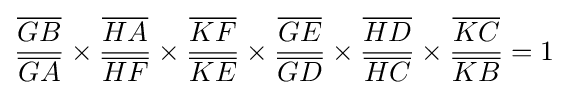
{\frac {\overline {GB}}{\overline {GA}}}\times {\frac {\overline {HA}}{\overline {HF}}}\times {\frac {\overline {KF}}{\overline {KE}}}\times {\frac {\overline {GE}}{\overline {GD}}}\times {\frac {\overline {HD}}{\overline {HC}}}\times {\frac {\overline {KC}}{\overline {KB}}}=1